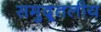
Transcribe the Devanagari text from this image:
समुद्र्तलीय